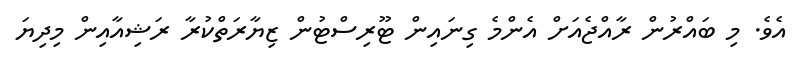
އެވެ. މި ބައްރުން ރާއްޖެއަށް އެންމެ ގިނައިން ޓޫރިސްޓުން ޒިޔާރަތްކުރާ ރަޝިއާއިން މިދިޔަ